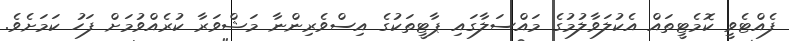
ފެއްޓެވީ ކޮމެޓީތައް އެކުލަވާލުމުގެ މައްސަލާގައި ޕާޓީތަކުގެ އިސްވެރިންނާ މަޝްވަރާ ކުރެއްވުމަށް ފަހު ކަމަށެވެ.